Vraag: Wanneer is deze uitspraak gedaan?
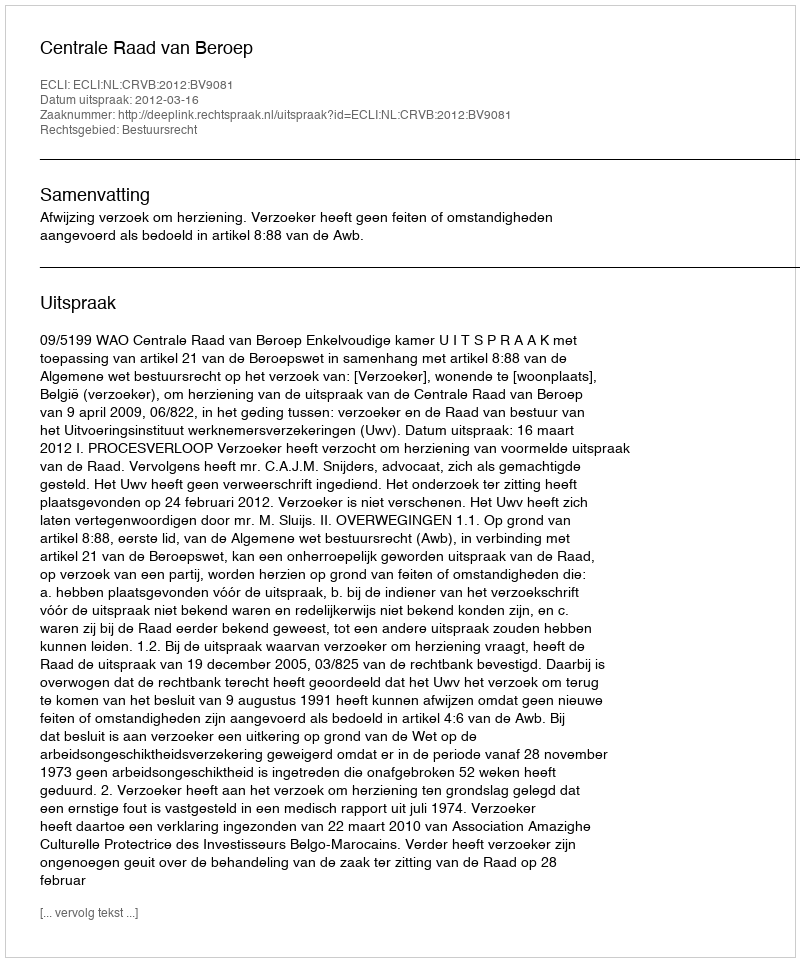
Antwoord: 2012-03-16